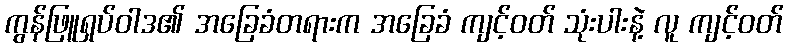
ကွန်ဖြူရှပ်ဝါဒ၏ အခြေခံတရားက အခြေခံ ကျင့်ဝတ် သုံးပါးနဲ့ လူ ကျင့်ဝတ်